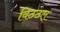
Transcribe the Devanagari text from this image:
विठठल्